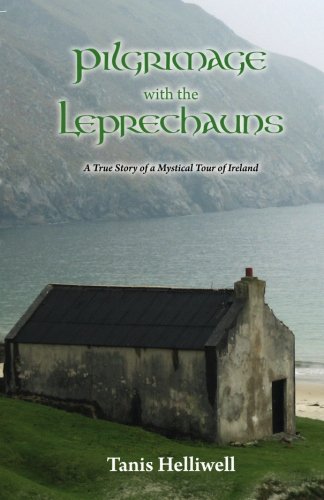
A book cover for Pilgrimage with the Leprechauns: A true story of a mystical tour of Ireland; Tanis Helliwell; Religion & Spirituality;